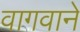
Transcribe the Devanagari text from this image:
वागवाने